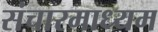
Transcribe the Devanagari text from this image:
संचारमाध्यम